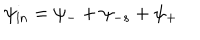
\psi _ { \mathrm { i n } } = \psi _ { - } + \psi _ { - s } + \psi _ { + }